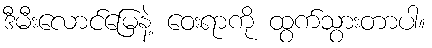
ဒီမီးလောင်မြေနဲ့ ဝေးရာကို ထွက်သွားတာပါ။